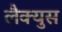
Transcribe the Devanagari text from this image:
लैक्युस